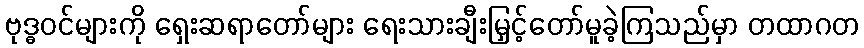
ဗုဒ္ဓဝင်များကို ရှေးဆရာတော်များ ရေးသားချီးမြှင့်တော်မူခဲ့ကြသည်မှာ တထာဂတ